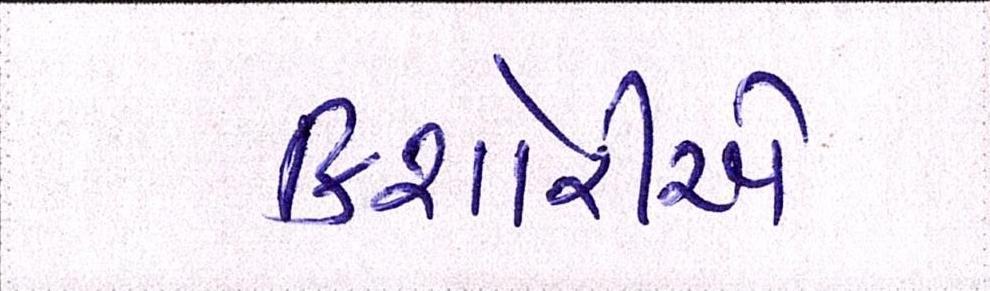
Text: કિશોરીએ